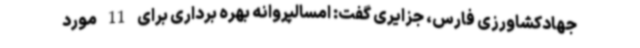
جهادکشاورزی فارس، جزایری گفت: امسالپروانه بهره برداری برای 11 مورد